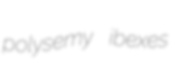
polysemy ibexes